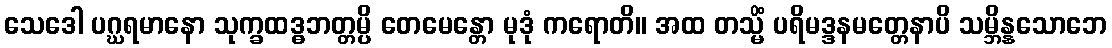
သေဒေါ ပဂ္ဃရမာနော သုက္ခထဒ္ဓဘတ္တမ္ပိ တေမေန္တော မုဒုံ ကရောတိ။ အထ တသ္မိံ ပရိမဒ္ဒနမတ္တေနာပိ သမ္ဘိန္နသောဘေ